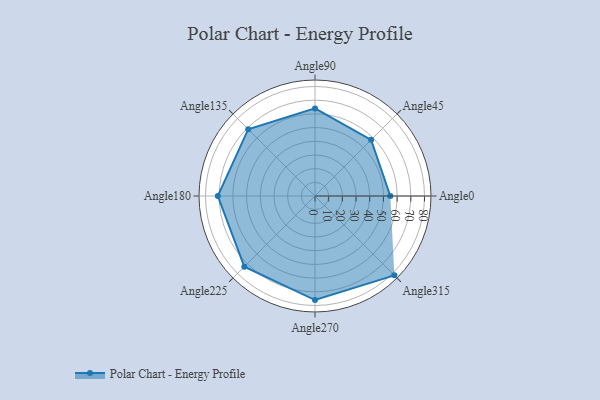
{"axis": {"x": "Angle", "y": "Radius"}, "legend": [""], "data": [{"x": "Angle0", "y": 55.0, "type": ""}, {"x": "Angle45", "y": 58.0, "type": ""}, {"x": "Angle90", "y": 64.0, "type": ""}, {"x": "Angle135", "y": 69.0, "type": ""}, {"x": "Angle180", "y": 71.0, "type": ""}, {"x": "Angle225", "y": 73.0, "type": ""}, {"x": "Angle270", "y": 76.0, "type": ""}, {"x": "Angle315", "y": 82.0, "type": ""}]}